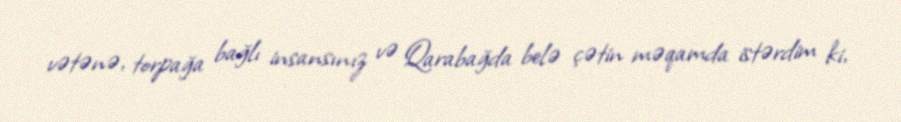
vətənə, torpağa bağlı insansınız və Qarabağda belə çətin məqamda istərdim ki,